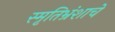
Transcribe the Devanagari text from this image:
स्मृतिभ्रंशाचे